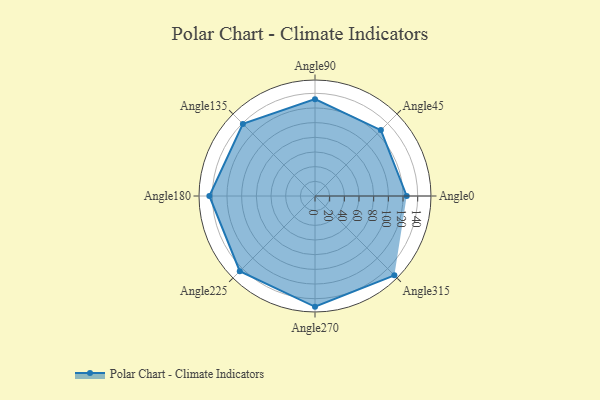
{"axis": {"x": "Angle", "y": "Radius"}, "legend": [""], "data": [{"x": "Angle0", "y": 125.0, "type": ""}, {"x": "Angle45", "y": 127.0, "type": ""}, {"x": "Angle90", "y": 132.0, "type": ""}, {"x": "Angle135", "y": 139.0, "type": ""}, {"x": "Angle180", "y": 144.0, "type": ""}, {"x": "Angle225", "y": 145.0, "type": ""}, {"x": "Angle270", "y": 151.0, "type": ""}, {"x": "Angle315", "y": 153.0, "type": ""}]}